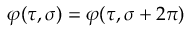
\varphi ( \tau , \sigma ) = \varphi ( \tau , \sigma + 2 \pi )